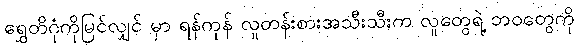
ရွှေတိဂုံကိုမြင်လျှင် မှာ ရန်ကုန် လူတန်းစားအသီးသီးက လူတွေရဲ့ ဘဝတွေကို